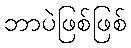
ဘာပဲဖြစ်ဖြစ်